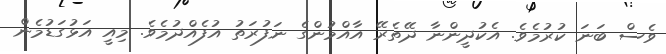
ވެސް ބަނަ ކުރުމެވެ. އެކުދީންނާ ދޭތެރޭ އާއްމުންގެ ނަފުރަތު އުފެއްދުމެވެ. މިއީ އަޅުގަޑުމެން